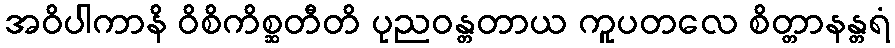
အဝိပါကာနိ ဝိစိကိစ္ဆတီတိ ပုညဝန္တတာယ ကူပတလေ စိတ္တာနန္တရံ